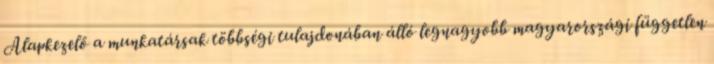
Alapkezelő a munkatársak többségi tulajdonában álló legnagyobb magyarországi független